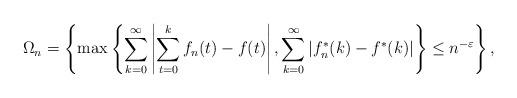
LaTeX: \begin{align*}\Omega_n = \left\{\max\left\{\sum_{k =0}^\infty \left|\sum_{t = 0}^k f_n(t) - f(t)\right|, \sum_{k = 0}^\infty \left|f_n^\ast(k) - f^\ast(k)\right| \right\} \le n^{-\varepsilon} \right\},\end{align*}